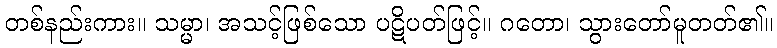
တစ်နည်းကား။ သမ္မာ၊ အသင့်ဖြစ်သော ပဋိပတ်ဖြင့်။ ဂတော၊ သွားတော်မူတတ်၏။